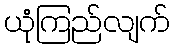
ယုံကြည်လျက်